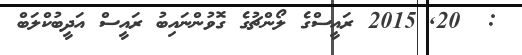
:  20